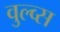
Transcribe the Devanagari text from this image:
वुल्व्स